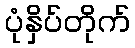
ပုံနှိပ်တိုက်